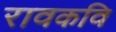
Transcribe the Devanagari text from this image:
रावकवि